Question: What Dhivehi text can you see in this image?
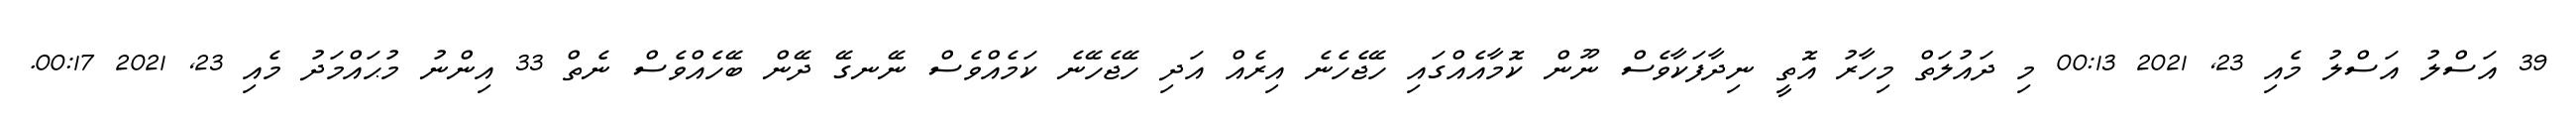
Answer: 39 އަސްލު އަސްލު މެއި 23, 2021 00:13 މި ދައުލަތް މިހާރު އޮތީ ނިދާފަކާވެސް ނޫން ކޮމާއެއްގައި ހޭޖެހެނެ އިރެއް އަދި ހޭޖެހޭނެ ކަމެއްވެސް ނޭނގޭ ދޭން ބޭހެއްވެސް ނެތް 33 އިންނު މުޙައްމަދު މެއި 23, 2021 00:17.